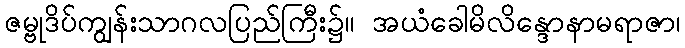
ဇမ္ဗုဒိပ်ကျွန်းသာဂလပြည်ကြီး၌။ အယံခေါမိလိန္ဒောနာမရာဇာ၊